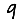
Digit: 9